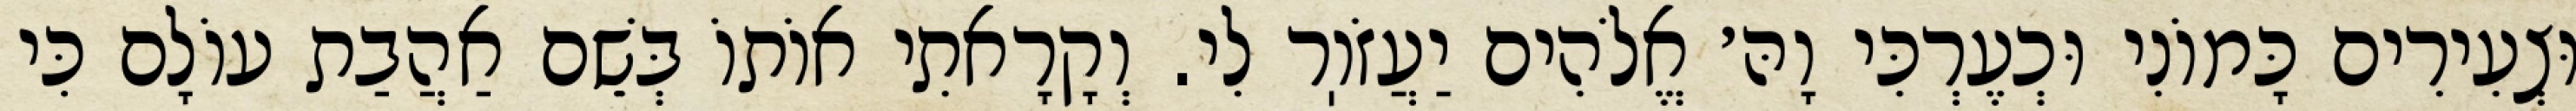
וּצְעִירִים כָּמוֹנִי וּכְעֶרְכִּי וָהּ׳ אֱלֹהִים יַעֲזֹוֽר לִי. וְקָרָאתִי אוֹתוֹ בְּשֵׁם אַהֲבַת עוֹלָם כִּי